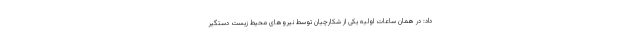
داد: در همان ساعات اولیه یکی از شکارچیان توسط نیروهای محیط زیست دستگیر